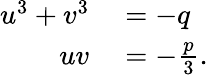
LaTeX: \begin{array}{rl}{u^{3}+v^{3}}&{{}=-q}\\ {uv}&{{}=-{\frac{p}{3}}.}\end{array}